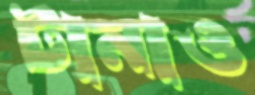
টানাও